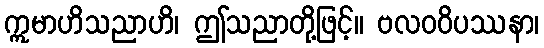
ဣမာဟိသညာဟိ၊ ဤသညာတို့ဖြင့်။ ဗလဝဝိပဿနာ၊